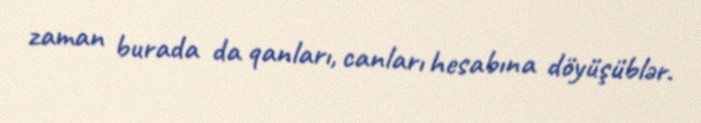
zaman burada da qanları, canları hesabına döyüşüblər.